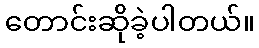
တောင်းဆိုခဲ့ပါတယ်။